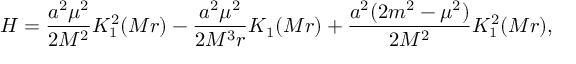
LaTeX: { \cal H } = \frac { a ^ { 2 } \mu ^ { 2 } } { 2 M ^ { 2 } } K _ { 1 } ^ { 2 } ( M r ) - \frac { a ^ { 2 } \mu ^ { 2 } } { 2 M ^ { 3 } r } K _ { 1 } ( M r ) + \frac { a ^ { 2 } ( 2 m ^ { 2 } - \mu ^ { 2 } ) } { 2 M ^ { 2 } } K _ { 1 } ^ { 2 } ( M r ) ,